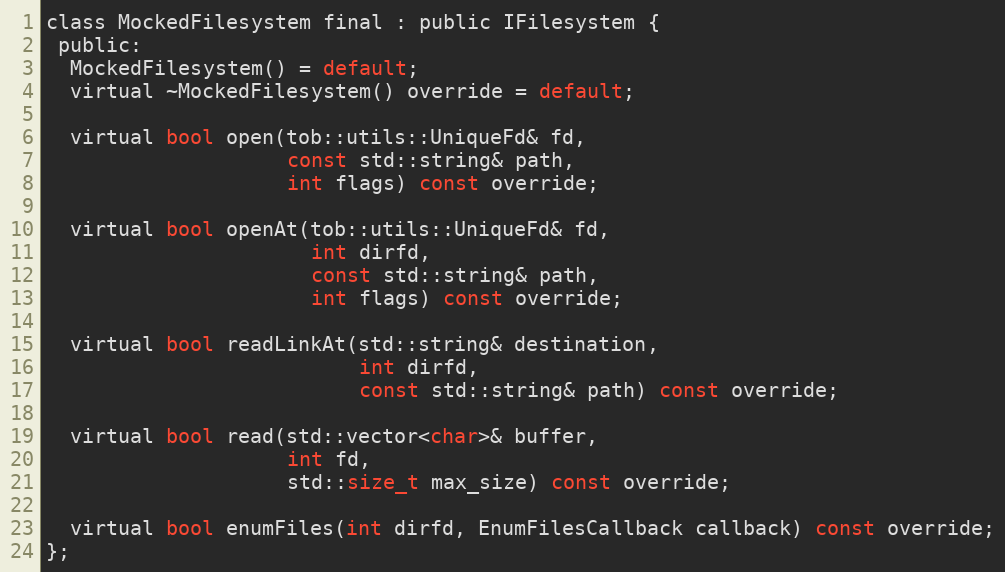
Language: C
class MockedFilesystem final : public IFilesystem {
 public:
  MockedFilesystem() = default;
  virtual ~MockedFilesystem() override = default;

  virtual bool open(tob::utils::UniqueFd& fd,
                    const std::string& path,
                    int flags) const override;

  virtual bool openAt(tob::utils::UniqueFd& fd,
                      int dirfd,
                      const std::string& path,
                      int flags) const override;

  virtual bool readLinkAt(std::string& destination,
                          int dirfd,
                          const std::string& path) const override;

  virtual bool read(std::vector<char>& buffer,
                    int fd,
                    std::size_t max_size) const override;

  virtual bool enumFiles(int dirfd, EnumFilesCallback callback) const override;
};